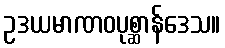
ဥဒယမာဏဝပုစ္ဆာန်ဒေသ။